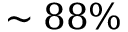
\sim 8 8 \%